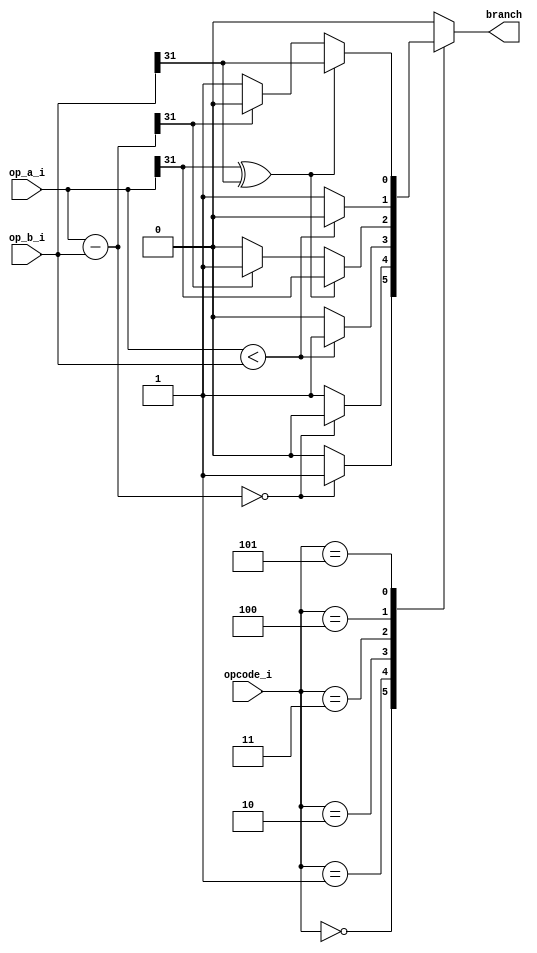
`timescale 1ns / 1ps
//////////////////////////////////////////////////////////////////////////////////
// Company: 
// Engineer: 
// 
// Design Name: 
// Module Name: branch_unit
// Project Name: 
// Target Devices: 
// Tool Versions: 
// Description: 
// Bbranch
// 
// Dependencies: 
// 
// Revision:
// Revision 0.01 - File Created
// Additional Comments:
// 
//////////////////////////////////////////////////////////////////////////////////
module branch_unit#(
    parameter EQ                    = 4'h0,
    parameter NEQ                   = 4'h1,
    parameter UNSIGNED_LT           = 4'h2,
    parameter SIGNED_LT             = 4'h3,
    parameter UNSIGNED_GE           = 4'h4,
    parameter SIGNED_GE             = 4'h5,
    parameter SUCCESS               = 1'b1,
    parameter UNSUCCESS             = 1'b0,
    parameter UNKNOWN_OPCODE_RESULT = 1'b0
)
(
    input      [31:0] op_a_i,
    input      [31:0] op_b_i,
    input      [3:0]  opcode_i,
    output reg        branch
    );
    reg [31:0] tmp;
    always @(*) begin
        tmp = op_a_i - op_b_i;
    end
    always @(*) begin
        case(opcode_i)
            EQ:          branch = (tmp == 32'h0)?SUCCESS:UNSUCCESS;
            NEQ:         branch = (tmp == 32'h0)?UNSUCCESS:SUCCESS;
            UNSIGNED_LT: branch = (op_a_i < op_b_i)?SUCCESS:UNSUCCESS;
            SIGNED_LT: begin
                // 
                if(op_a_i[31] ^ op_b_i[31])
                    branch = op_a_i[31];
                else
                    branch = (tmp[31] == 1'b1)?SUCCESS:UNSUCCESS;
            end   
            UNSIGNED_GE: branch = (op_a_i < op_b_i)?UNSUCCESS:SUCCESS;
            SIGNED_GE: begin
                // 
                if(op_a_i[31] ^ op_b_i[31])
                    branch = op_b_i[31];
                else
                    branch = (tmp[31] == 1'b1)?UNSUCCESS:SUCCESS;
            end
            default:     branch = UNKNOWN_OPCODE_RESULT;
        endcase
    end
endmodule